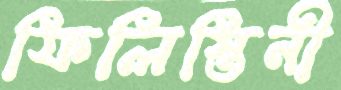
ফিলিস্তিনী